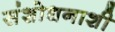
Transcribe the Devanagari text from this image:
संशोधनाशी